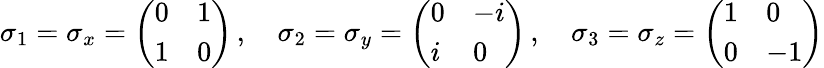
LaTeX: \sigma_{1}=\sigma_{x}={\left(\begin{array}{ll}{0}&{1}\\ {1}&{0}\end{array}\right)}\, ,\quad\sigma_{2}=\sigma_{y}={\left(\begin{array}{ll}{0}&{-i}\\ {i}&{0}\end{array}\right)}\, ,\quad\sigma_{3}=\sigma_{z}={\left(\begin{array}{ll}{1}&{0}\\ {0}&{-1}\end{array}\right)}